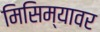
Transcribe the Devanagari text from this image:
मिसिम्यावर